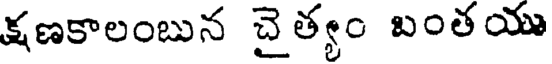
క్షణకాలంబున చైత్యం బంతయు